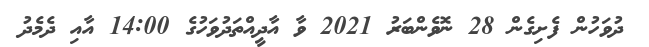
ދުވަހުން ފެށިގެން 28 ނޮވެންބަރު 2021 ވާ އާދީއްތަދުވަހުގެ 14:00 އާއި ދެމެދު